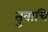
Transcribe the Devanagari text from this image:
तुवाचि